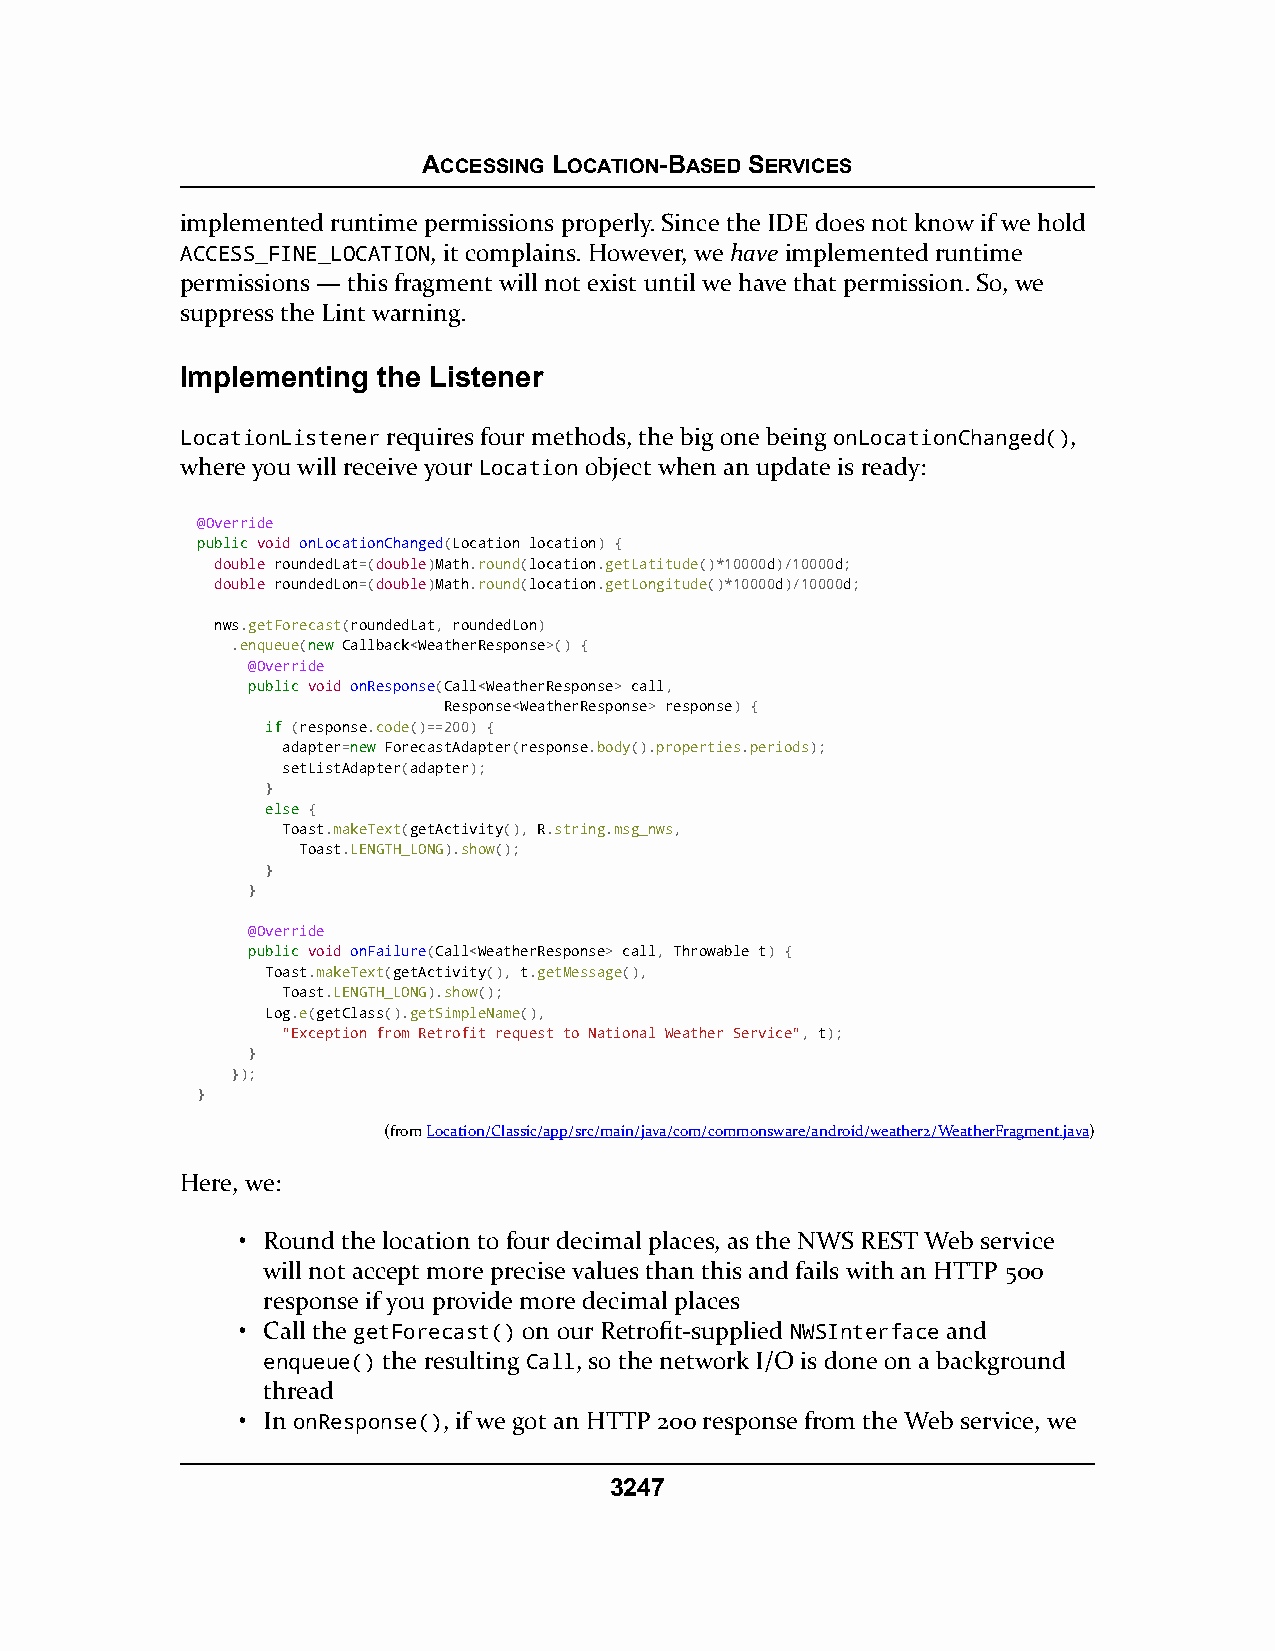
ACCESSING LOCATION-BASED SERVICES
 implemented runtime permissions properly. Since the IDE does not know if we hold
 ACCESS_FINE_LOCATION, it complains. However, we have implemented runtime
 permissions — this fragment will not exist until we have that permission. So, we
 suppress the Lint warning.
 Implementing the Listener
 LocationListener requires four methods, the big one being onLocationChanged(),
 where you will receive your Location object when an update is ready:
 @Override
 ppuubblliicc void onLocationChanged(Location location) {
 double roundedLat=(double)Math.round(location.getLatitude()*10000d)/10000d;
 double roundedLon=(double)Math.round(location.getLongitude()*10000d)/10000d;
 nws.getForecast(roundedLat, roundedLon)
 .enqueue(nneeww Callback<WeatherResponse>() {
 @Override
 ppuubblliicc void onResponse(Call<WeatherResponse> call,
 Response<WeatherResponse> response) {
 iiff (response.code()==200) {
 adapter=nneeww ForecastAdapter(response.body().properties.periods);
 setListAdapter(adapter);
 }
 eellssee {
 Toast.makeText(getActivity(), R.string.msg_nws,
 Toast.LENGTH_LONG).show();
 }
 }
 @Override
 ppuubblliicc void onFailure(Call<WeatherResponse> call, Throwable t) {
 Toast.makeText(getActivity(), t.getMessage(),
 Toast.LENGTH_LONG).show();
 Log.e(getClass().getSimpleName(),
 "Exception from Retrofit request to National Weather Service", t);
 }
 });
 }
 (fromLocation/Classic/app/src/main/java/com/commonsware/android/weather2/WeatherFragment.java)
 Here, we:
 • Round the location to four decimal places, as the NWS REST Web service
 will not accept more precise values than this and fails with an HTTP 500
 response if you provide more decimal places
 • Call the getForecast() on our Retrofit-supplied NWSInterface and
 enqueue() the resulting Call, so the network I/O is done on a background
 thread
 • In onResponse(), if we got an HTTP 200 response from the Web service, we
 3247